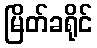
မြိတ်ခရိုင်